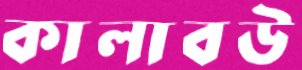
কালাবউ